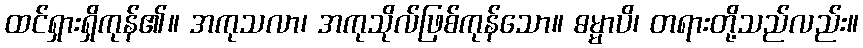
ထင်ရှားရှိကုန်၏။ အကုသလာ၊ အကုသိုလ်ဖြစ်ကုန်သော။ ဓမ္မာပိ၊ တရားတို့သည်လည်း။